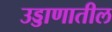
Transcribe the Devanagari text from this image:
उड्डाणातील